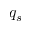
q _ { s }